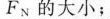
F_{N}的大小；